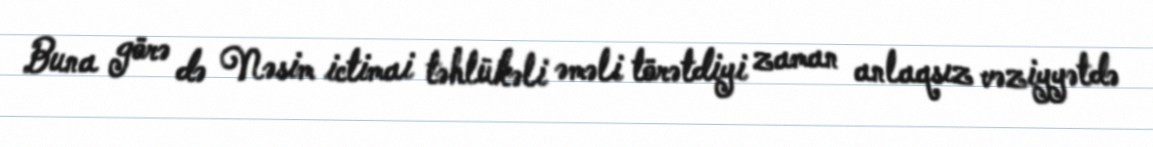
Buna görə də Nəsim ictimai təhlükəli əməli törətdiyi zaman anlaqsız vəziyyətdə